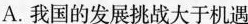
A.我国的发展挑战大于机遇